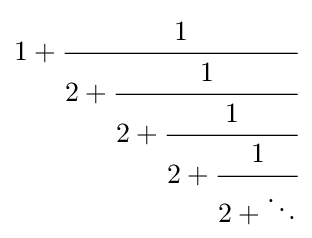
1+{\cfrac {1}{2+{\cfrac {1}{2+{\cfrac {1}{2+{\cfrac {1}{2+\ddots }}}}}}}}